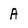
Character: A